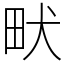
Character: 畎